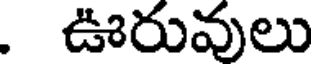
. ఊరువులు